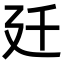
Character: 𢌙